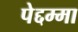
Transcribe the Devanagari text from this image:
पेद्दम्मा